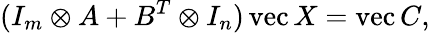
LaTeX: (I_{m}\otimes A+B^{T}\otimes I_{n})\operatorname{vec}X=\operatorname{vec}C,